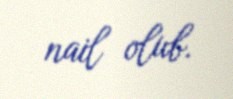
nail olub.